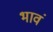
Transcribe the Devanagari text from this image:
भावं